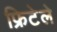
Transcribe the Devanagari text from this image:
फ्रिटेले